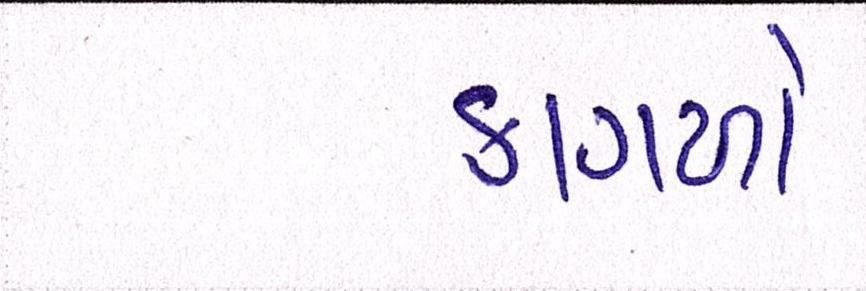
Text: કાગળો